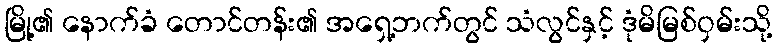
မြို့၏ နောက်ခံ တောင်တန်း၏ အရှေ့ဘက်တွင် သံလွင်နှင့် ဒုံမိမြစ်ဝှမ်းသို့